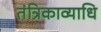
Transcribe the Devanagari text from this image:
तंत्रिकाव्याधि